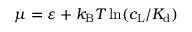
\mu = \varepsilon + k _ { \mathrm { B } } T \ln ( c _ { \mathrm { L } } / K _ { \mathrm { d } } )